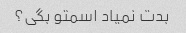
بدت نمیاد اسمتو بگی؟